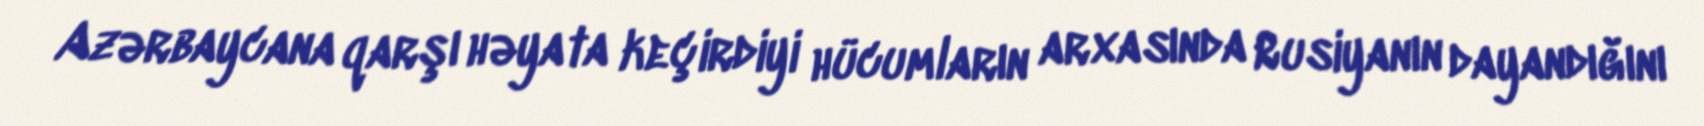
Azərbaycana qarşı həyata keçirdiyi hücumların arxasında Rusiyanın dayandığını